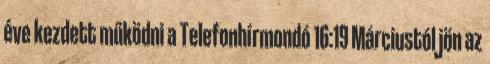
éve kezdett működni a Telefonhírmondó 16:19 Márciustól jön az